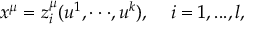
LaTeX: x ^ { \mu } = z _ { i } ^ { \mu } ( u ^ { 1 } , \cdot \cdot \cdot , u ^ { k } ) , \; \; \; \; i = 1 , . . . , l ,